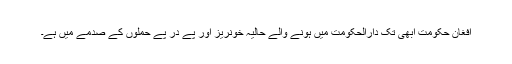
افغان حکومت ابھی تک دارالحکومت میں ہونے والے حالیہ خونریز اور پے در پے حملوں کے صدمے میں ہے۔